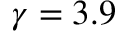
\gamma = 3 . 9